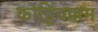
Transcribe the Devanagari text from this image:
कोट्टिवक्कम